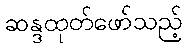
ဆန္ဒထုတ်ဖော်သည့်